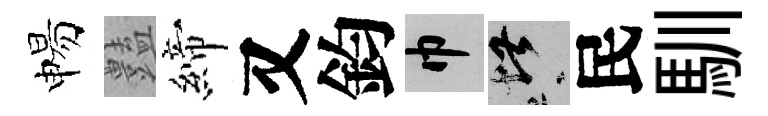
惕𧰟締又鈞巾堪民馴